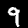
Digit: 9